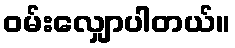
ဝမ်းလျှောပါတယ်။